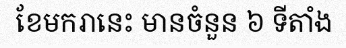
ខែមករានេះ មានចំនួន ៦ ទីតាំង